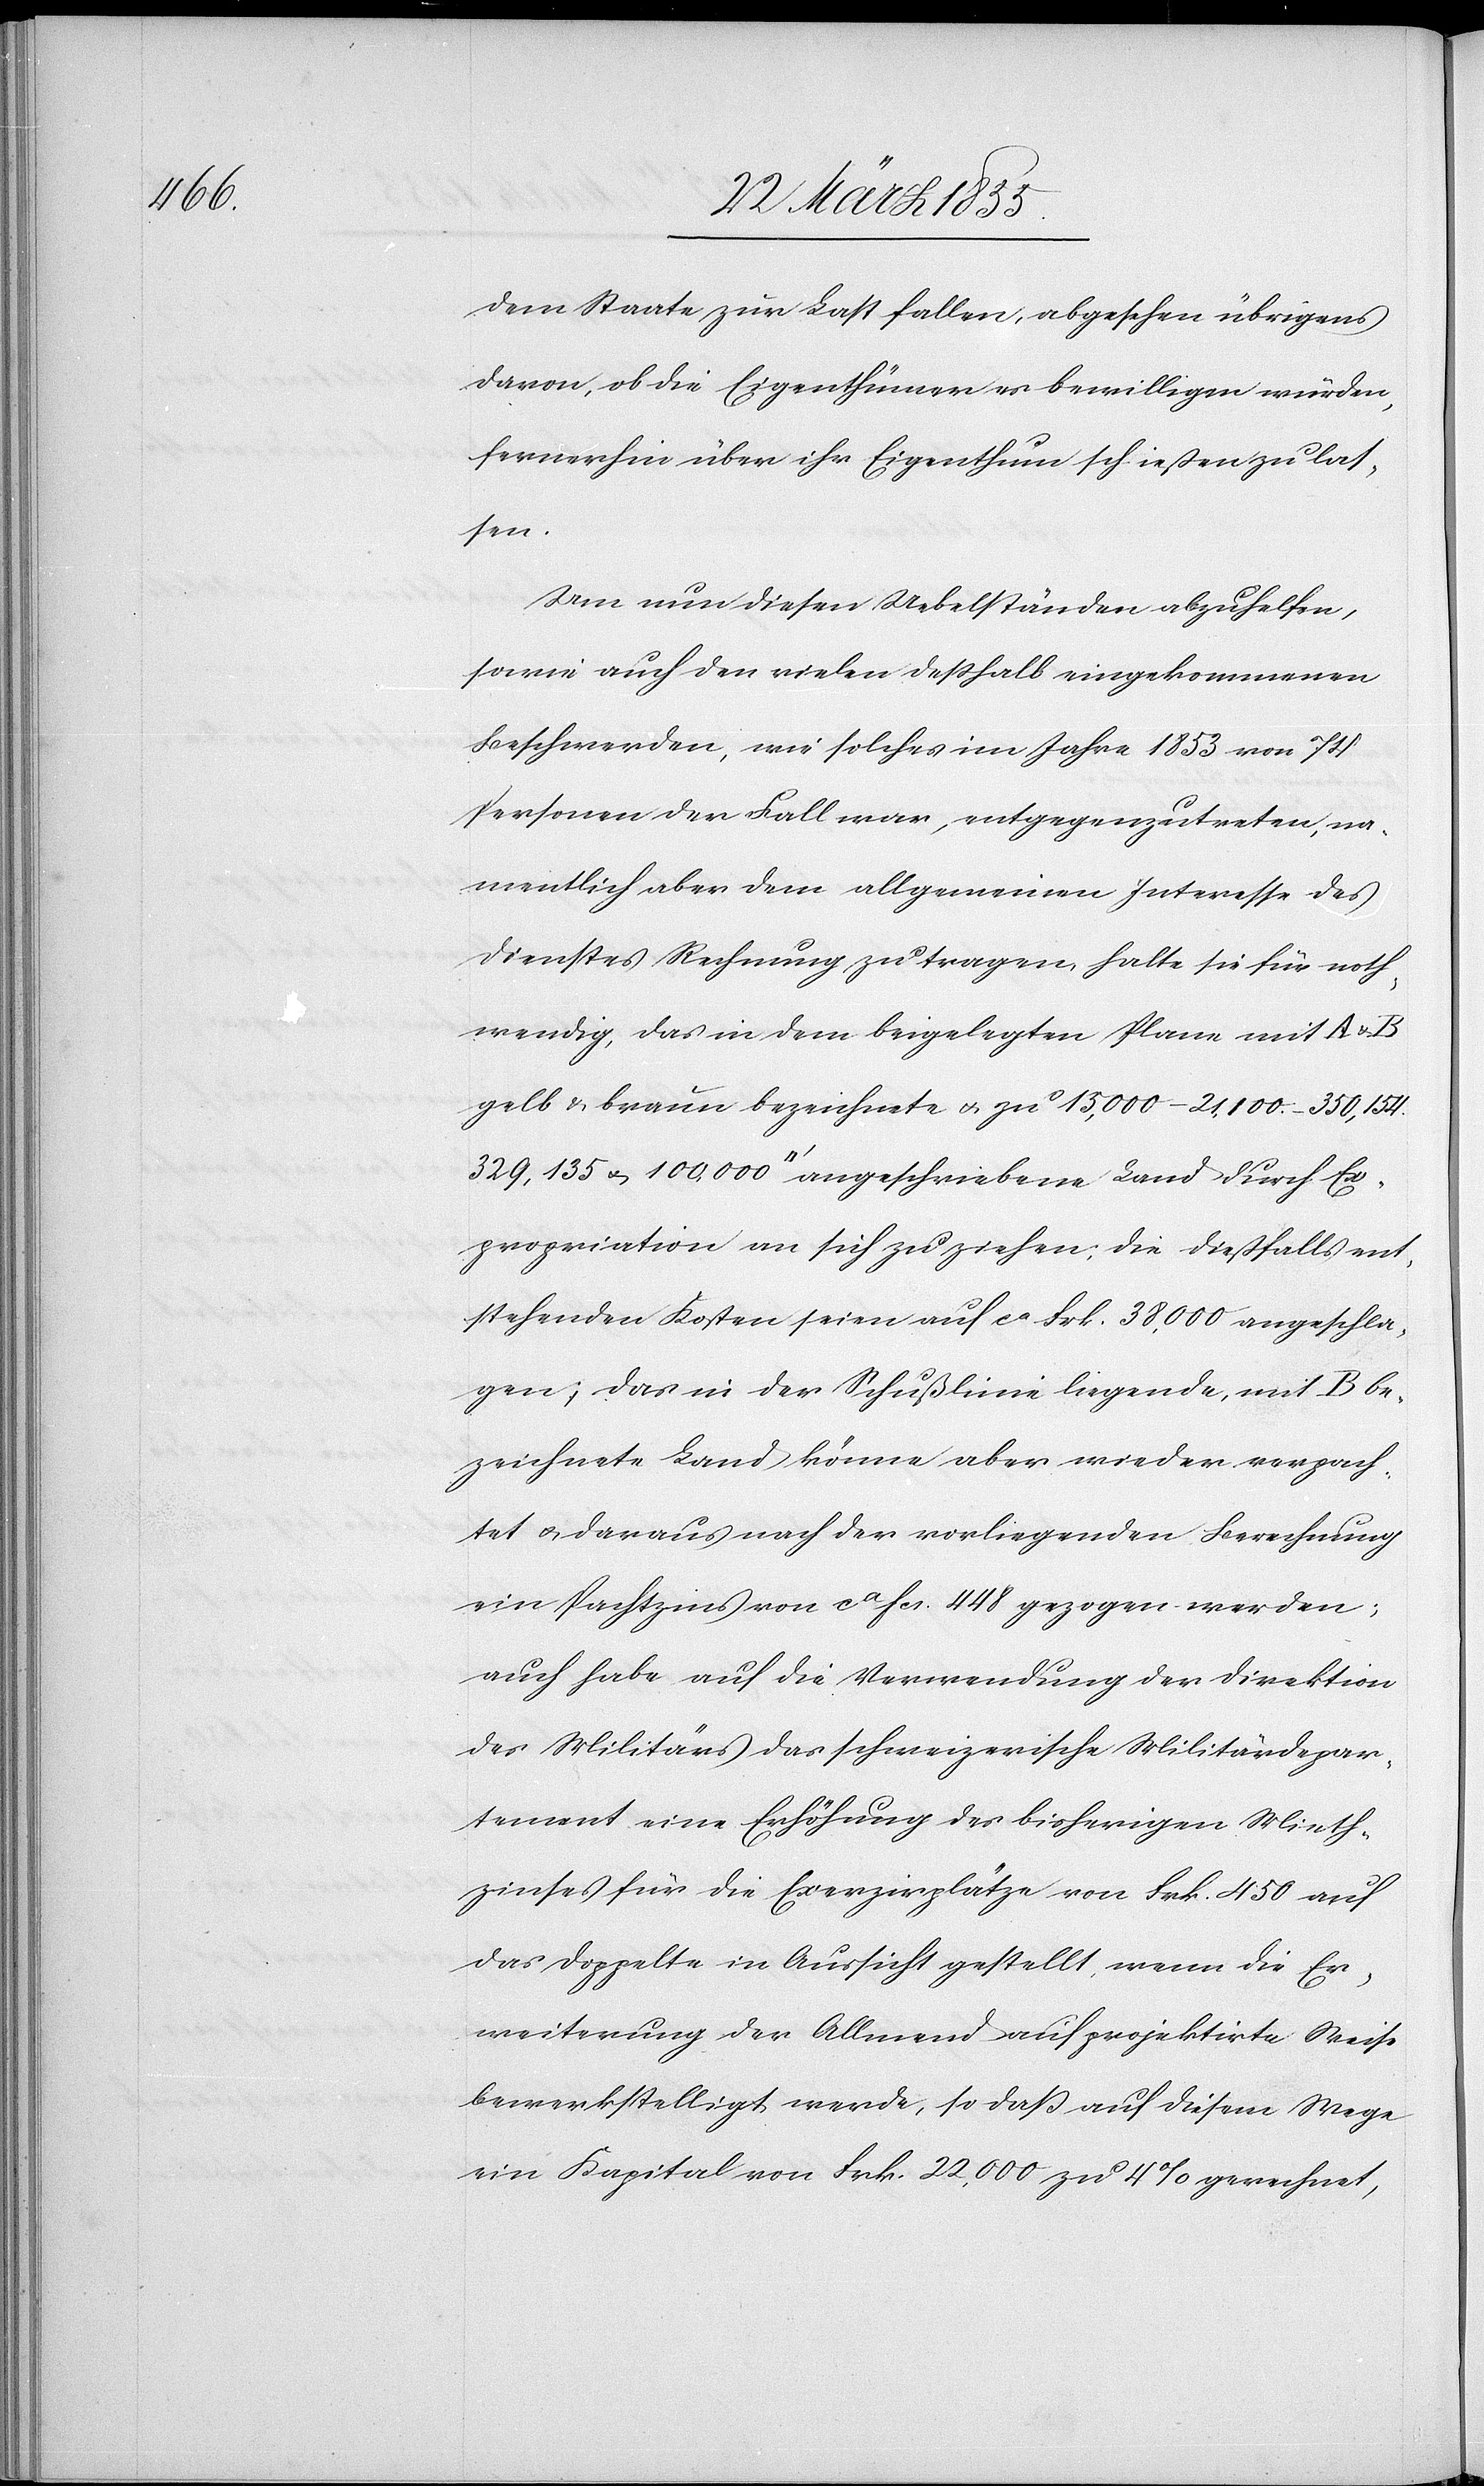
dem Staate zur Last fallen, abgesehen übrigens
davon, ob die Eigenthümer es bewilligen würden,
fernerhin über ihr Eigenthum schießen zu las¬
sen.
Um nun diesen Uebelständen abzuhelfen,
sowie auch den vielen desshalb eingekommenen
Beschwerden, wie solches im Jahre 1853 von 74
Personen der Fall war, entgegenzutreten, na¬
mentlich aber dem allgemeinen Interesse des
Dienstes Rechnung zu tragen, halte sie für noth¬
wendig, das in dem beigelegten Plane mit A &
gelb & braun bezeichnete & zu 15,000 – 21,100. – 350,154.
Expropriation an sich zu ziehen; die dießfalls ent¬
stehenden Kosten seien auf ca Frk. 38,000 angeschla¬
gen; das in der Schußlinie liegende, mit B be¬
zeichnete Land könne aber wieder verpach¬
tet & daraus nach der vorliegenden Berechnung
ein Pachtzins von ca Fcs. 448 gezogen werden;
auch habe auf die Verwendung der Direktion
des Militärs das schweizerische Militärdepar¬
tement eine Erhöhung des bisherigen Mieth¬
zinses für die Exerzirplätze von Frk. 450 auf
das Doppelte in Aussicht gestellt, wenn die Er¬
weiterung der Allmend auf projektirte Weise
bewerkstelligt werde, so daß auf diesem Wege
ein Kapital von Frk. 22,000 zu 4% gerechnet,